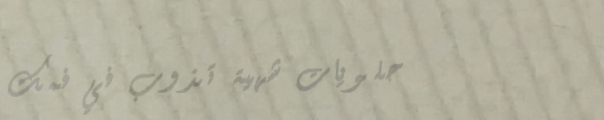
حلويات شهية تذوب في فمك